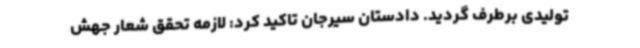
تولیدی برطرف گردید. دادستان سیرجان تاکید کرد: لازمه تحقق شعار جهش